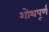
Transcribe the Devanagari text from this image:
शोथपूर्ण